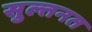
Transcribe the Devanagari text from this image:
सुल्तनत